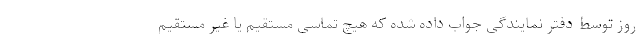
روز توسط دفتر نمایندگی جواب داده شده که هیچ تماسی مستقیم یا غیر مستقیم